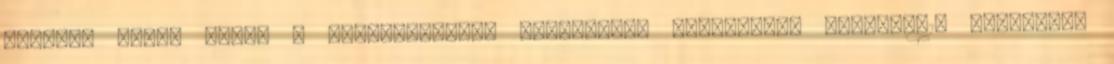
további infót kapni a lehetőségről, jelentkezz e-mailben. balaton616 gmail.com